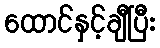
ထောင်နှင့်ချီပြီး